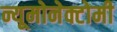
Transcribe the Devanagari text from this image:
न्यूमोनेक्टोमी